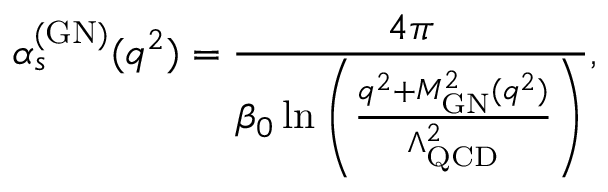
\alpha _ { s } ^ { ( \mathrm { G N ) } } ( q ^ { 2 } ) = \frac { 4 \pi } { \beta _ { 0 } \ln \left( \frac { q ^ { 2 } + M _ { \mathrm { G N } } ^ { 2 } ( q ^ { 2 } ) } { \Lambda _ { \mathrm { Q C D } } ^ { 2 } } \right) } ,